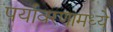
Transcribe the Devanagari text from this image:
पर्यावरणामध्ये